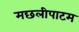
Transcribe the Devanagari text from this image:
मछलीपाटम